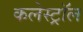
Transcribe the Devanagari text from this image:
कलेस्ट्रॉल